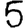
Digit: 5